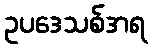
ဥပဒေသစ်အရ